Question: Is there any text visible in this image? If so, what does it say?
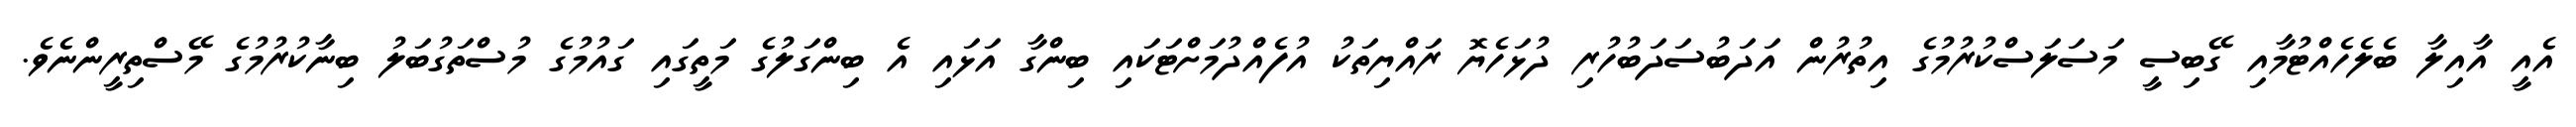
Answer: އެއީ އާއިލާ ބެލެހެއްޓުމާއި ގޭބިސީ މަސަލަސްކުރުމުގެ އިތުރުން އަދަބުސަދަބުހުރި ދުޅަހެޔޮ ރައްޔިތަކު އުފެއްދުމަށްޓަކައި ބިންގާ އަޅައި އެ ބިންގަލުގެ މަތީގައި ގައުމުގެ މުސްތަގުބަލު ބިނާކުރުމުގެ މޭސްތިރީންނެވެ.